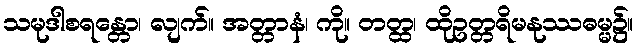
သမုဒါစရန္တော၊ လျက်။ အတ္တာနံ၊ ကို။ တတ္ထ၊ ထိုဥတ္တရိမနုဿဓမ္မ၌။